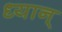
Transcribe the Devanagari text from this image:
ध्यान्